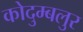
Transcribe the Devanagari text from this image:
कोदुम्बलुर